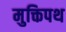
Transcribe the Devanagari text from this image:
मुक्तिपथ